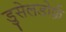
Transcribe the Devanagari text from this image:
डुसेलडोर्फ़